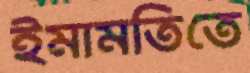
ইমামতিতে